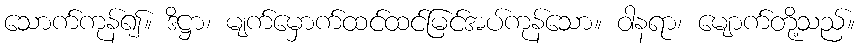
သောက်ကုန်၍။ ဒိဋ္ဌာ၊ မျက်မှောက်ထင်ထင်မြင်အပ်ကုန်သော။ ဝါနရာ၊ မျောက်တို့သည်။